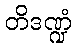
တိဒဏ္ဍံ